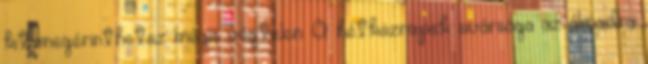
kit megérinthetsz mégis végtelen. A hétköznapok sivársága az álmaidra